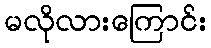
မလိုလားကြောင်း